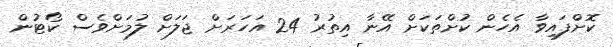
ކޮށްފައިވާ އެހެން ކުށްތަކަށް އޭނާ އިތުރު 24 އަހަރަށް ޖަލަށް ލުމަށްވެސް ކޯޓުން